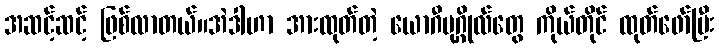
အဆင့်ဆင့် ဖြစ်လာတယ်။အဲဒါဟာ အားထုတ်တဲ့ ယောဂီပုဂ္ဂိုလ်တွေ ကိုယ်တိုင် ထုတ်ဖော်ပြီး